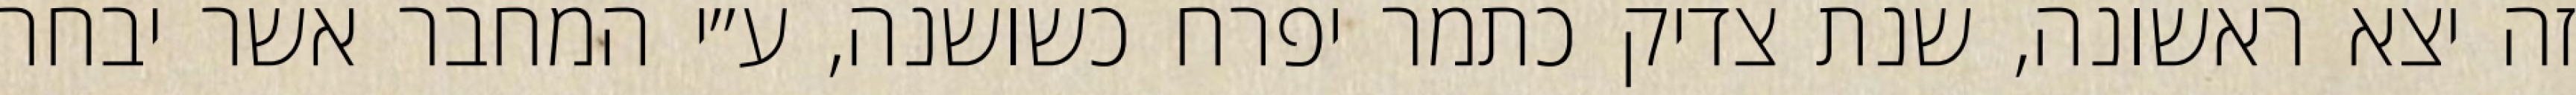
זה יצא ראשונה, שנת צדיק כתמר יפרח כשושנה, ע״י המחבר אשר יבחר